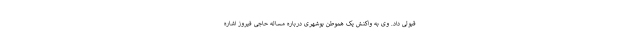
قبولی داد. وی به واکنش یک هموطن بوشهری درباره مساله حاجی فیروز اشاره